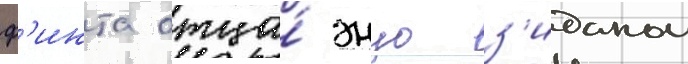
ф'инта отца́ энцо з'иданом